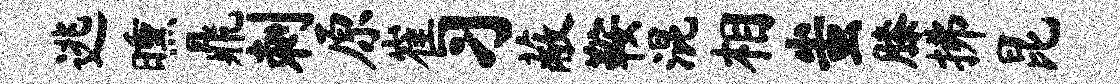
逃曛鼎刺原崔习蔽鞍混相蚩膝拂昆